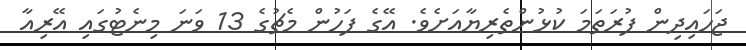
ޖަހައިދިން ފުރަތަމަ ކުޅުންތެރިޔާއަށެވެ. އޭގެ ފަހުން މެޗުގެ 13 ވަނަ މިނެޓުގައި އޭރިއާ